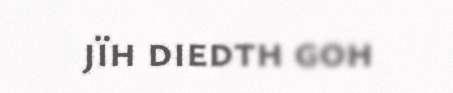
jïh diedth goh